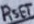
Text: RSET